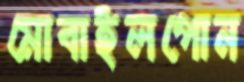
মোবাইলপোন